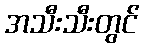
အသီးသီးတွင်